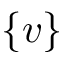
\{ v \}